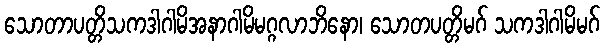
သောတာပတ္တိသကဒါဂါမိအနာဂါမိမဂ္ဂလာဘိနော၊ သောတပတ္တိမဂ် သကဒါဂါမိမဂ်